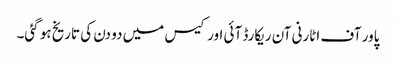
پاور آف اٹارنی آن ریکارڈ آئی اورکیس میں دو دن کی تاریخ ہو گئی۔